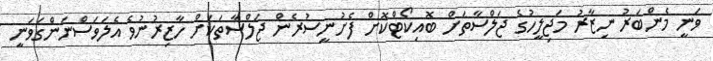
ވަނީ މެންބަރު ނިޒާރު މަޖިލީހުގެ ޖަލްސާތަށް ބޮއިކޯޓްކޮށް ފެށުނީސުރެން ޖަލްސާތަކަށް ހާޒިރުނުވެ އެލަވަސްނަންގަވަނީ